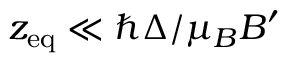
z _ { \mathrm { e q } } \ll \hbar \Delta / \mu _ { B } B ^ { \prime }